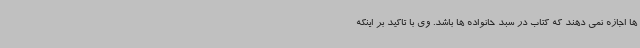
ها اجازه نمی دهند که کتاب در سبد خانواده ها باشد. وی با تاکید بر اینکه